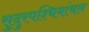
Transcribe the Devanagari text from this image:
सुदुरपश्चिमांचल